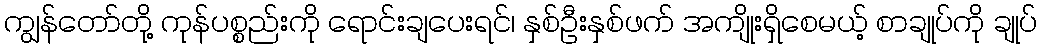
ကျွန်တော်တို့ ကုန်ပစ္စည်းကို ရောင်းချပေးရင်၊ နှစ်ဦးနှစ်ဖက် အကျိုးရှိစေမယ့် စာချုပ်ကို ချုပ်